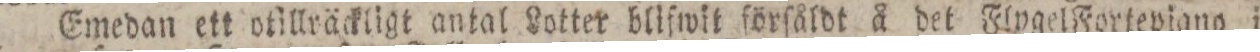
Emedan ett otillräckligt antal Lotter blifwit förſåldt å det Flygel Fortepiano i